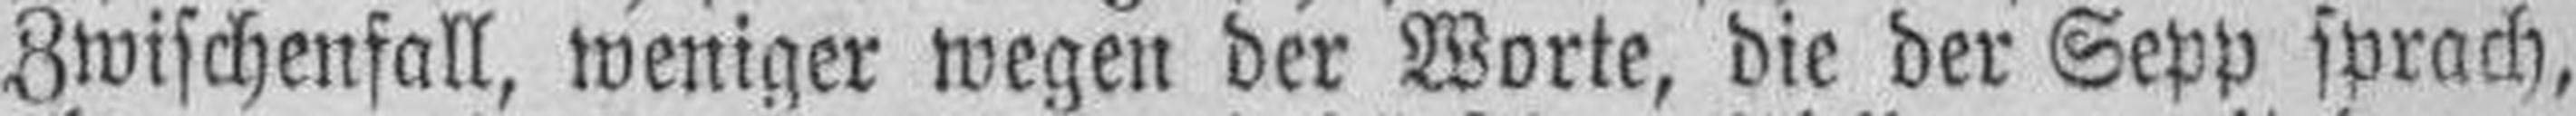
Zwischenfall, weniger wegen der Worte, die der Sepp sprach,